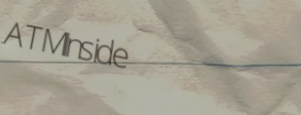
ATMInside